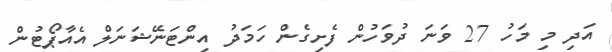
އަދި މި މަހު 27 ވަނަ ދުވަހުން ފެށިގެން ހަމަދު އިންޓަނޭޝަނަލް އެއާޕޯޓުން